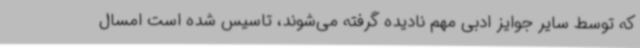
که توسط سایر جوایز ادبی مهم نادیده گرفته می‌شوند، تاسیس شده است امسال